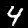
Digit: 4